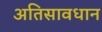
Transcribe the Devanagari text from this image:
अतिसावधान